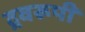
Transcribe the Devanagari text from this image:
द्रवरूपी